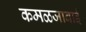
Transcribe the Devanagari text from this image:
कमळजाबाई